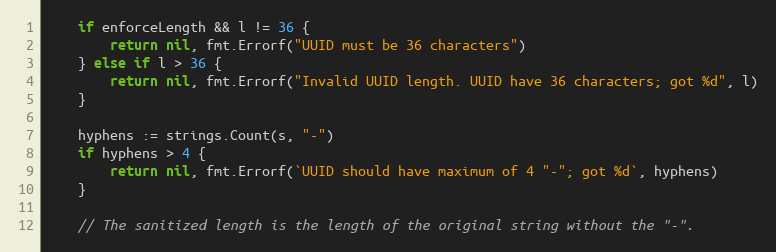
Language: Go
	if enforceLength && l != 36 {
		return nil, fmt.Errorf("UUID must be 36 characters")
	} else if l > 36 {
		return nil, fmt.Errorf("Invalid UUID length. UUID have 36 characters; got %d", l)
	}

	hyphens := strings.Count(s, "-")
	if hyphens > 4 {
		return nil, fmt.Errorf(`UUID should have maximum of 4 "-"; got %d`, hyphens)
	}

	// The sanitized length is the length of the original string without the "-".